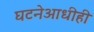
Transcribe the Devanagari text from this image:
घटनेआधीही